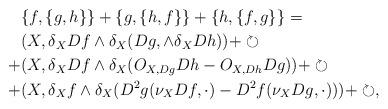
LaTeX: \begin{align*} &\{f, \{g,h\}\}+ \{g, \{h,f\}\} + \{h, \{f,g\}\} = \\ &(X, \delta_X Df \wedge \delta_X( Dg, \wedge \delta_X Dh ))+ \circlearrowright\\ +&(X, \delta_X Df \wedge \delta_X( O_{X, Dg}Dh - O_{X, Dh}Dg))+ \circlearrowright \\+ & (X, \delta_X f \wedge \delta_X (D^2 g(\nu_{X} Df , \cdot) - D^2 f(\nu_{X} Dg , \cdot) ))+\circlearrowright,\end{align*}